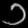
Digit: ၁